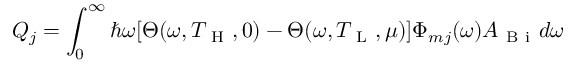
Q _ { j } = \int _ { 0 } ^ { \infty } \hbar \omega [ \Theta ( \omega , T _ { \mathrm { ~ H ~ } } , 0 ) - \Theta ( \omega , T _ { \mathrm { ~ L ~ } } , \mu ) ] \Phi _ { m j } ( \omega ) A _ { \mathrm { ~ B ~ i ~ } } d \omega